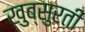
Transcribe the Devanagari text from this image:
खुब्सुरती